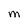
Character: M